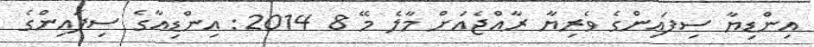
އިންޑިޔާ ސިފައިންގެ ވެރިޔާ ރާއްޖެއަށް މާލެ މޭ 8 2014: އިންޑިއާގެ ސިފައިންގެ